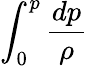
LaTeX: \int_{0}^{p}{\frac{dp}{\rho{}}}